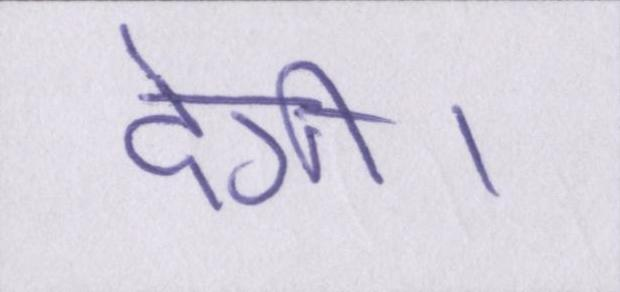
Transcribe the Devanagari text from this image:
देगी।